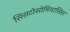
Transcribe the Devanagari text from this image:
सिसटोसोमियासिस